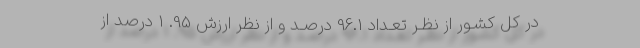
در کل کشـور از نظـر تعـداد 96.1 درصـد و از نظر ارزش 95. 1 درصد از